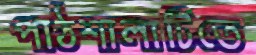
পাঠশালাটিতে